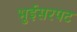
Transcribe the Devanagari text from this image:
भुईसरपट